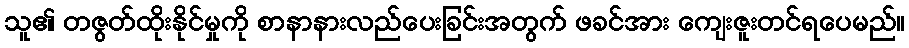
သူ၏ တဇွတ်ထိုးနိုင်မှုကို စာနာနားလည်ပေးခြင်းအတွက် ဖခင်အား ကျေးဇူးတင်ရပေမည်။